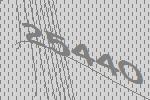
25440